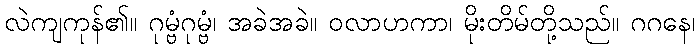
လဲကျကုန်၏။ ဂုမ္ဗံဂုမ္ဗံ၊ အခဲအခဲ။ ဝလာဟကာ၊ မိုးတိမ်တို့သည်။ ဂဂနေ၊